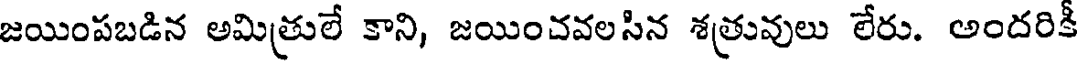
జయింపబడిన అమిత్రులే కాని, జయించవలసిన శత్రువులు లేరు. అందరికీ